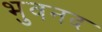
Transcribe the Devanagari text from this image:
भुवनद